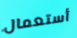
أستعمال